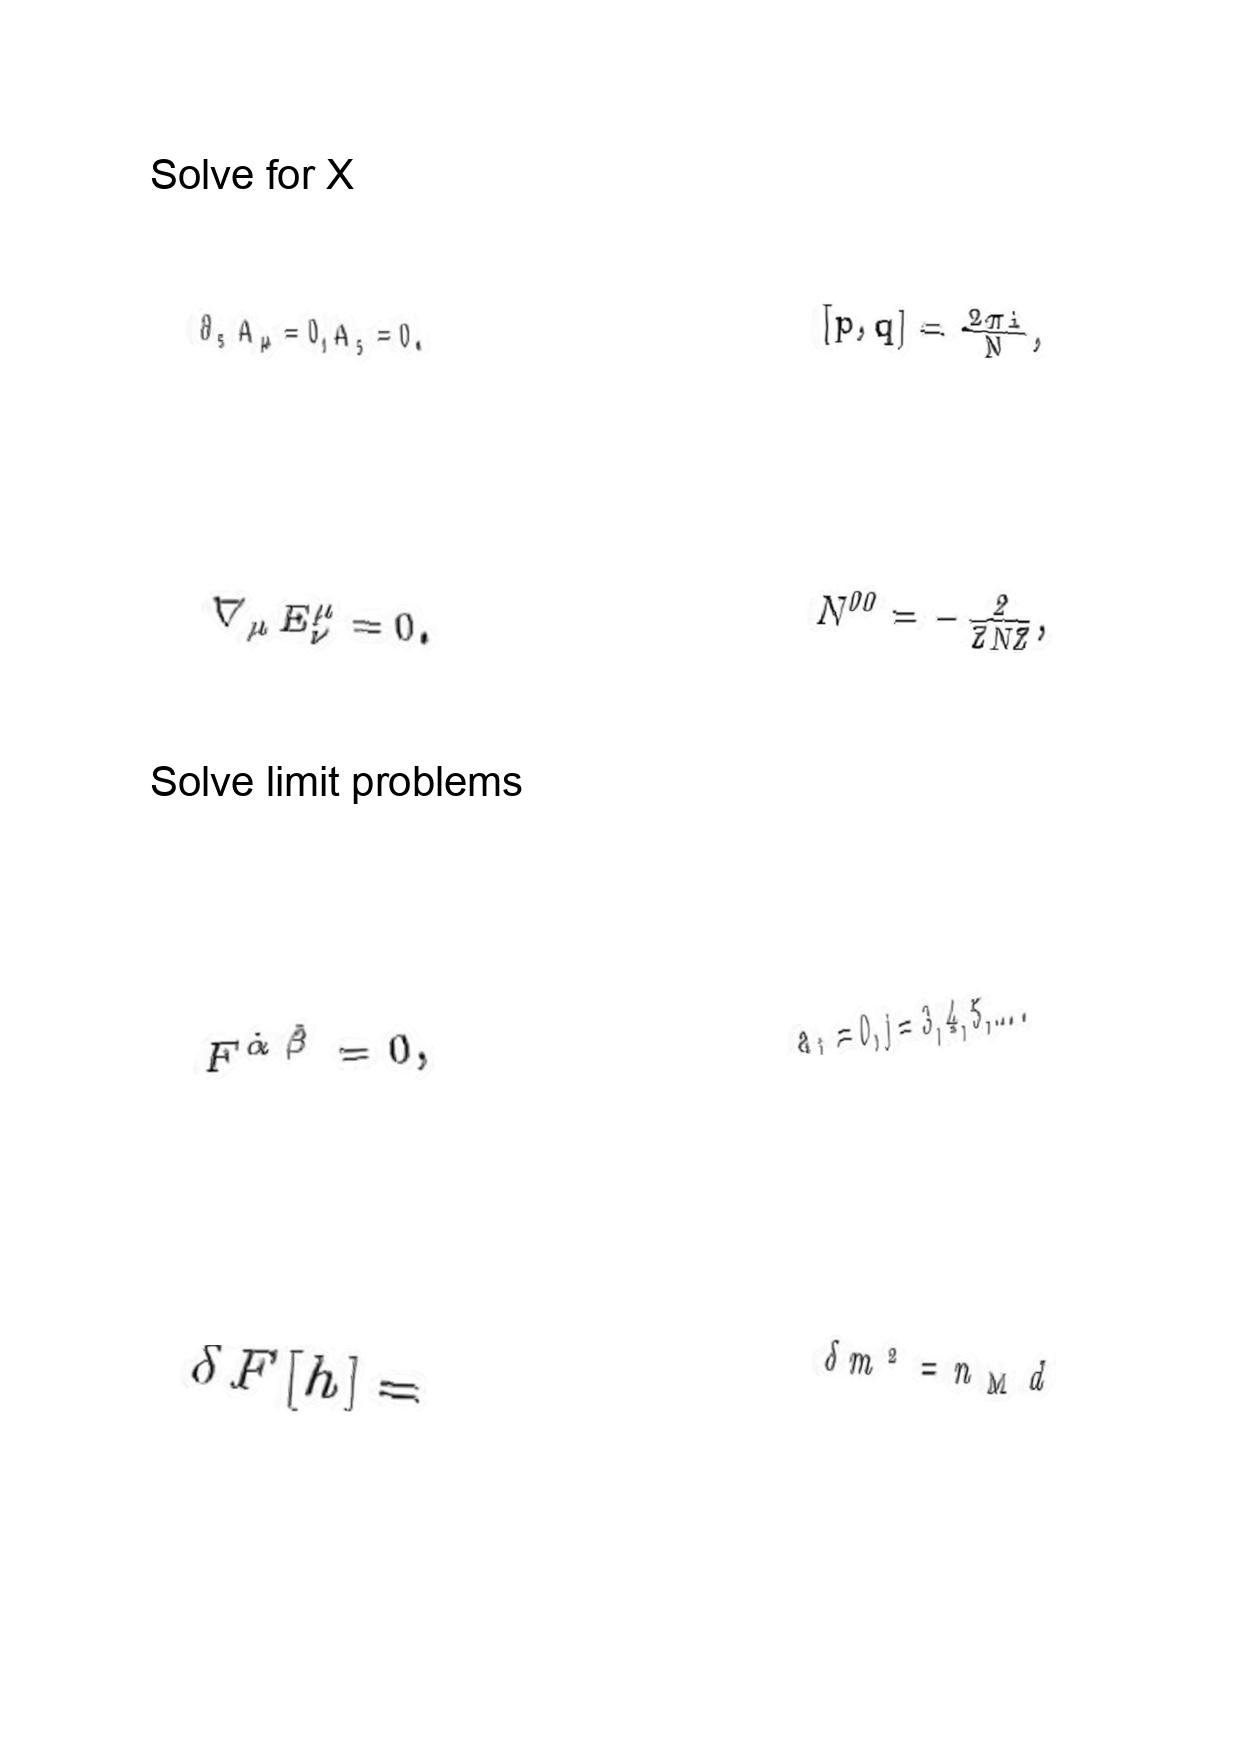
LaTeX transcription:
\partial _ { s } A _ { \mu } = 0 , A _ { s } = 0 .
\nabla _ { \mu } E _ { \nu } ^ { \mu } = 0 .
F ^ { \dot { \alpha } \dot { \beta } } = 0 ,
\delta F \lbrack h \rbrack =
\lbrack p , q \rbrack = \frac { 2 \pi i } { N } ,
N ^ { 0 0 } = - \frac { 2 } { \bar { Z } N Z } ,
a _ { j } = 0 , j = 3 , 4 , 5 , \ldots .
\delta m ^ { 2 } = n _ { \mathrm { M } } d